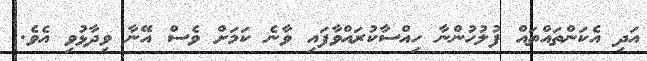
އަދި އެކަންތައްތައް ފުލުހުންނާ ހިއްސާކުރައްވާފައި ވާނެ ކަމަށް ވެސް އޭނާ ވިދާޅުވި އެވެ.